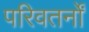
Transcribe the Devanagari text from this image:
परिवतर्नों